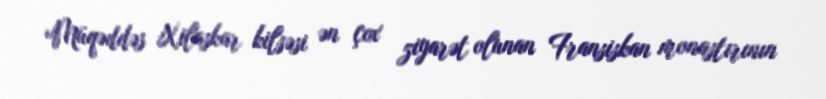
Müqəddəs Xilaskar kilsəsi ən çox ziyarət olunan Fransiskan monastırının